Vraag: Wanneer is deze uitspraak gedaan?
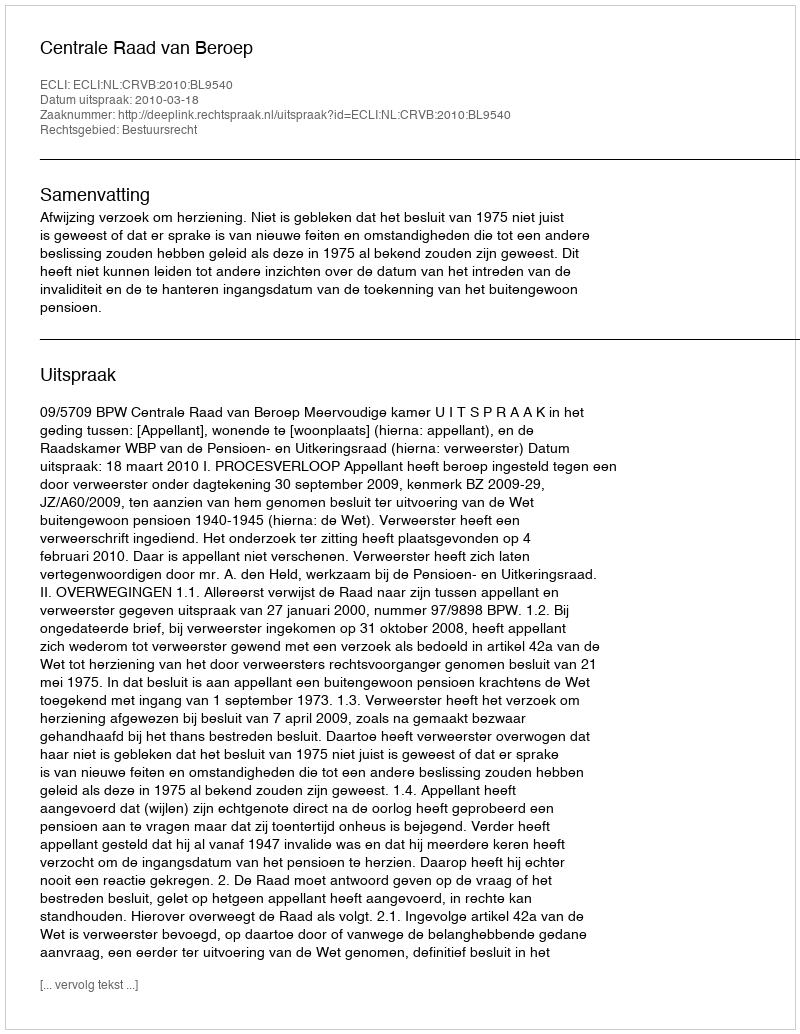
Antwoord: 2010-03-18